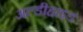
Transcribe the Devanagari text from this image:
अल्डीहाइड